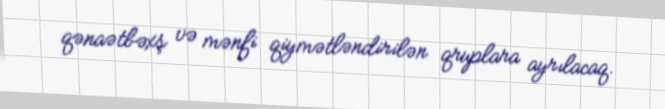
qənaətbəxş və mənfi qiymətləndirilən qruplara ayrılacaq.